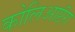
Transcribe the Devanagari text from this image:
कोलिआप्टॅरा